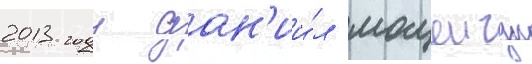
2013 году дан'ии́л мацеичук